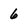
Character: 6